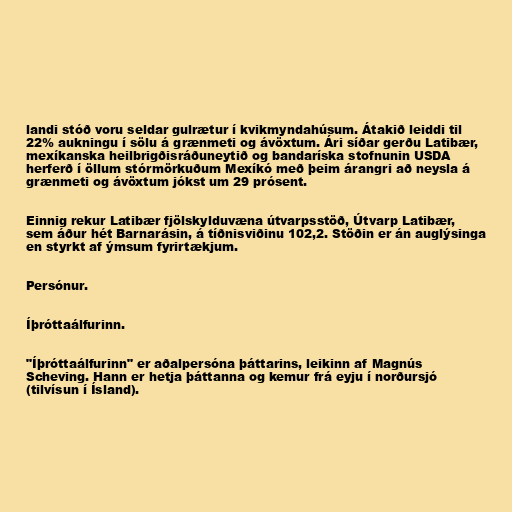
landi stóð voru seldar gulrætur í kvikmyndahúsum. Átakið leiddi til
22% aukningu í sölu á grænmeti og ávöxtum. Ári síðar gerðu Latibær,
mexíkanska heilbrigðisráðuneytið og bandaríska stofnunin USDA
herferð í öllum stórmörkuðum Mexíkó með þeim árangri að neysla á
grænmeti og ávöxtum jókst um 29 prósent.

Einnig rekur Latibær fjölskylduvæna útvarpsstöð, Útvarp Latibær,
sem áður hét Barnarásin, á tíðnisviðinu 102,2. Stöðin er án auglýsinga
en styrkt af ýmsum fyrirtækjum.

Persónur.

Íþróttaálfurinn.

"Íþróttaálfurinn" er aðalpersóna þáttarins, leikinn af Magnús
Scheving. Hann er hetja þáttanna og kemur frá eyju í norðursjó
(tilvísun í Ísland).